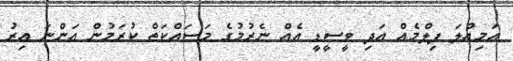
އަމިއްލަ ފިލްމެއް އަދި ވީސީޑީ އެއް ނެރުމުގެ މަސައްކަތް ކުރަމުން އަންނަ އިރު